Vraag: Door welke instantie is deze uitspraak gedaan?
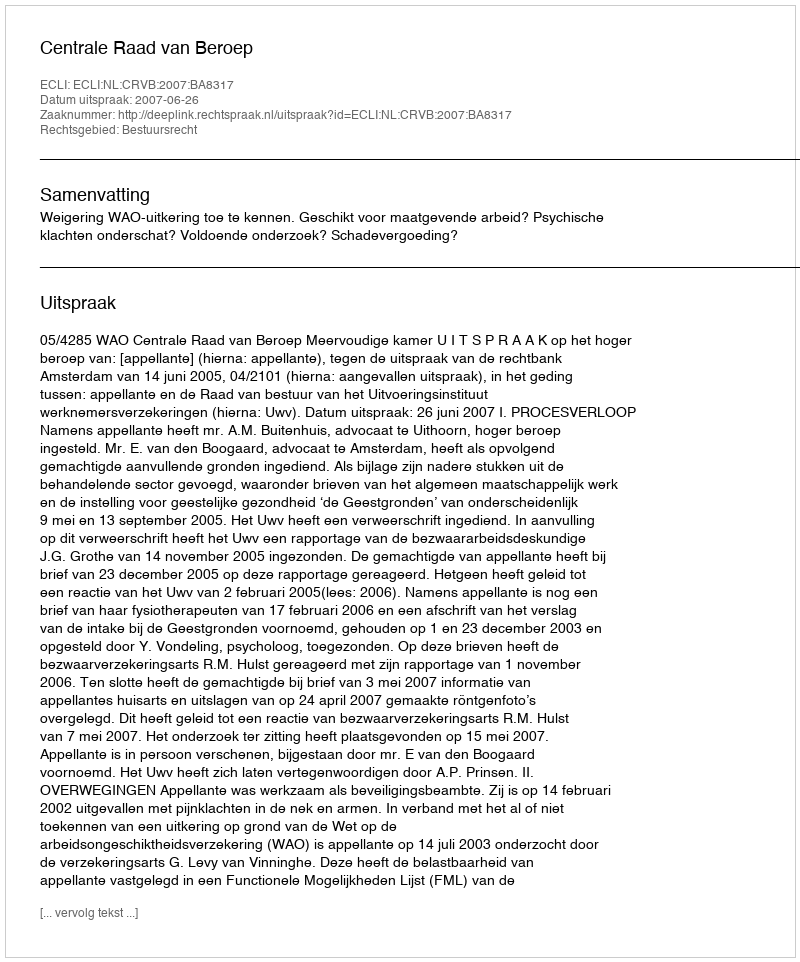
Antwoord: Centrale Raad van Beroep